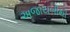
અજાયબીથી